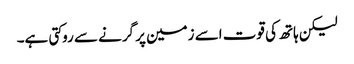
لیکن ہاتھ کی قوت اسے زمین پر گرنے سے روکتی ہے۔